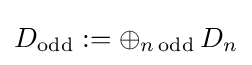
D_{\text{odd}}:=\oplus _{n\,{\text{odd}}}\,D_{n}